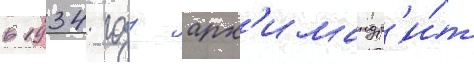
в 1934 году арх'имандр'и́т